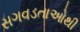
સગવડતાઓથી